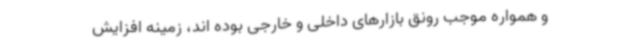
و همواره موجب رونق بازارهای داخلی و خارجی بوده اند، زمینه افزایش